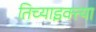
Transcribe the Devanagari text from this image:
तिच्याइक्त्या